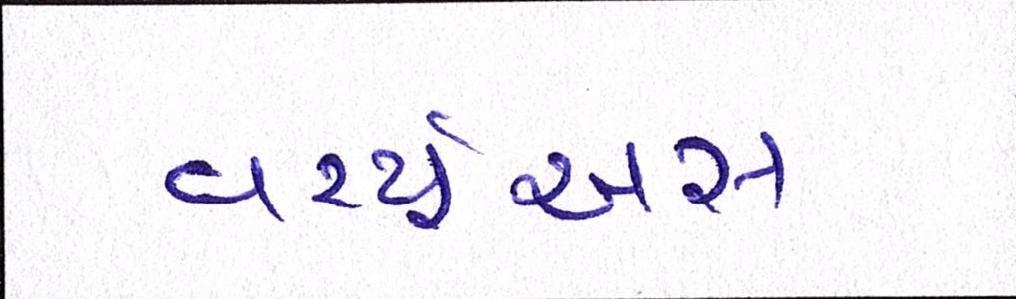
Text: વર્ચ્યૂઅસ